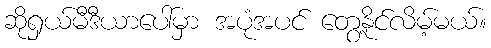
ဆိုရှယ်မီဒီယာပေါ်မှာ အပုံအပင် တွေ့နိုင်လိမ့်မယ်။